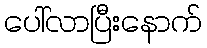
ပေါ်လာပြီးနောက်